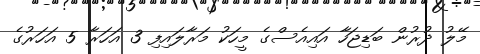
މޭލު ދުރުން ބަޑިޖަހާ އައިއެސްގެ މީހަކު މަރާލައިފި 3 އަހަރާ 5 އަހަރުގެ